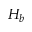
H _ { b }